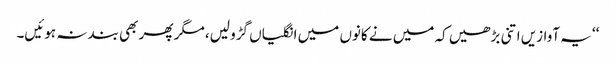
‘‘ یہ آوازیں اتنی بڑھیں کہ میں نے کانوں میں انگلیاں گڑو لیں، مگر پھر بھی بند نہ ہوئیں۔